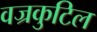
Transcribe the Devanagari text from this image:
वज्रकुटिल